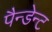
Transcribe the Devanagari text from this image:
पैन्डेन्ट